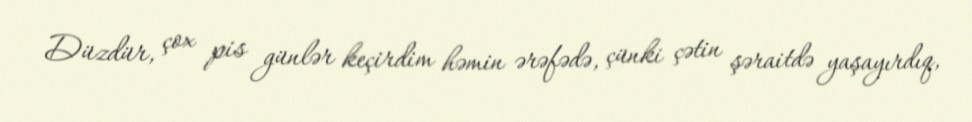
Düzdür, çox pis günlər keçirdim həmin ərəfədə, çünki çətin şəraitdə yaşayırdıq,